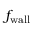
f _ { \mathrm { w a l l } }